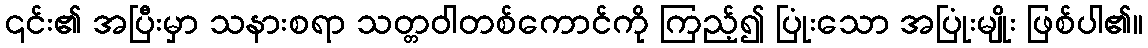
၎င်း၏ အပြီးမှာ သနားစရာ သတ္တဝါတစ်ကောင်ကို ကြည့်၍ ပြုံးသော အပြုံးမျိုး ဖြစ်ပါ၏။